Statistical return of the lunatic asylum in Assam - 1912-1932
Year: 1912
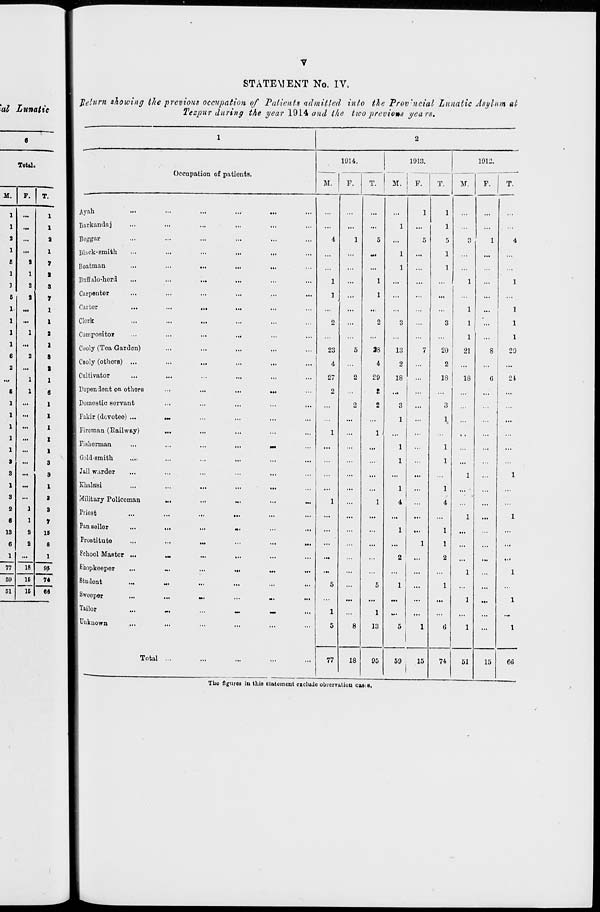
STATEMENT No. IV.
'at Lunatic
JteltoM showing the previous occupation of Patients admitted into the Prov'nciat Lunatic Asylum at
Tezpur during the year 1914 and the two previous years.
Total.
M.
F.
T.
1 ...
1
1
,t»
1
2 ...
2
1
...
1
6
3
»
1
1
1
I
2
3
6
S
7
1 ...
1
1
...
1
1
1
3
1 ...
1
6
2
S
2 ...
2
.M
1
1
1
6
...
1
...
I
1
1
1
...
3
3
1
3
2
6
13
6
1
77
69
61
18
16
16
8
1
3
3
7
IS
8
1
95
74
66
1
2
■*
■
.
Occupation of patients.
1914.
1 1913.
1912.
M.
F.
T.
M.
F.
T.
M.
F. 1 T.
Ayah
••>
...
...
...
...
1
1
...
...
Barkandaj
...
...
...
...
...
...
...
1
...
1
...
...
Beggar
...
...
...
...
4
1
5
...
5
5
3
1
4
Bbck-smith
...
...
...
...
...
...
...
1
...
1
...
...
...
Boatman
...
...
...
...
...
...
...
1
...
1
...
...
Buffalo-hord
...
...
...
...
1
...
1
...
...
...
1
...
1
Carpenter
...
...
...
...
1
...
1
...
...
...
...
...
Tarter
...
...
...
...
...
...
...
..:
...
...
1
...
1
Clerk
...
...
...
...
...
2
...
2
3
...
3
1
...
1
Compositor
...
...
...
...
...
...
...
...
1
...
1
Cooly (Toa Garden)
...
...
...
...
23
5
38
13
7
20
21
8
29
Cooly (othors) ...
...
...
...
...
...
4
...
4
2
...
2
...
...
Cultivator
...
...
...
...
27
2
29
18
18
18
G
2t
Impendent on others
...
...
...
...
2
...
I
...
...
...
...
...
Domostic servant
...
...
...
...
...
2
2
3
...
3
...
Fakir (devotee) ...
»M
...
...
...
...
...
1
...
1
...
...
Fireman (Railway)
...
...
...
...
1
...
1
...
...
...
...
Fisherman
...
...
•M
...
...
...
...
1
...
1
...
...
...
Gold-smith
....
...
...
...
...
...
...
...
1
...
1
...
Jail w.irder
...
...
...
...
...
...
1
...
1
Khalasi
...
...
...
...
...
...
...
1
...
1
... '
...
...
Military Policeman
...
M.
...
...
1
...
1
4
4
...
...
Priost
...
...
...
...
...
...
...
...
...
...
1
...
1
Pan seller
...
..
...
...
...
...
...
1
...
1
...
...
Prostitute
"•
...
...
...
...
...
...
...
...
1
1
...
...
School Mas tor ...
M.
...
...
...
.M
...
2
2
...
Shopkeeper
...
...
...
...
...
...
...
...
...
...
1
1
Student
-.
...
...
...
5
...
5
1
...
1
...
...
...
Sweoper
...
...
m.
...
...
...
...
...
...
...
1
...
1
j Tailor
«■■
...
-
-
...
1
1
w.
...
...
...
...
...
Unknown
...
...
...
...
5
8
13
5
1
tJ
1
...
1
Total ...
~
...
...
77
18
95
59
15
74
51
15
6*3
The figures iu this statement exclude observation casvS,